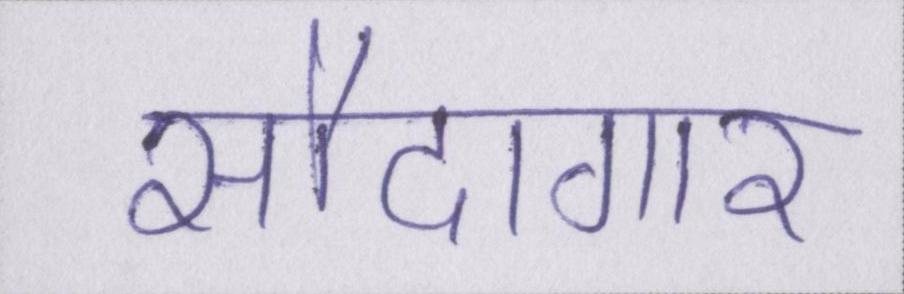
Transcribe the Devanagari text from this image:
सौदागार